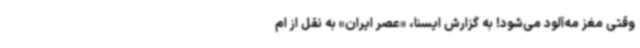
وقتی مغز مه‌آلود می‌شود! به گزارش ایسنا، «عصر ایران» به نقل از ام